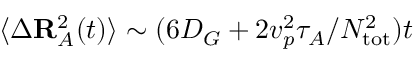
\langle \Delta \mathbf { R } _ { A } ^ { 2 } ( t ) \rangle \sim ( 6 D _ { G } + 2 v _ { p } ^ { 2 } \tau _ { A } / N _ { \mathrm { t o t } } ^ { 2 } ) t